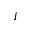
i